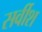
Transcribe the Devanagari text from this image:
सर्वीश